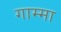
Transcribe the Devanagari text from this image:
गाम्मा